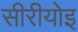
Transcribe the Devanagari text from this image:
सीरीयोइ